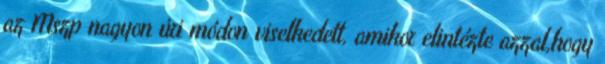
az Mszp nagyon úri módon viselkedett, amikor elintézte azzal,hogy